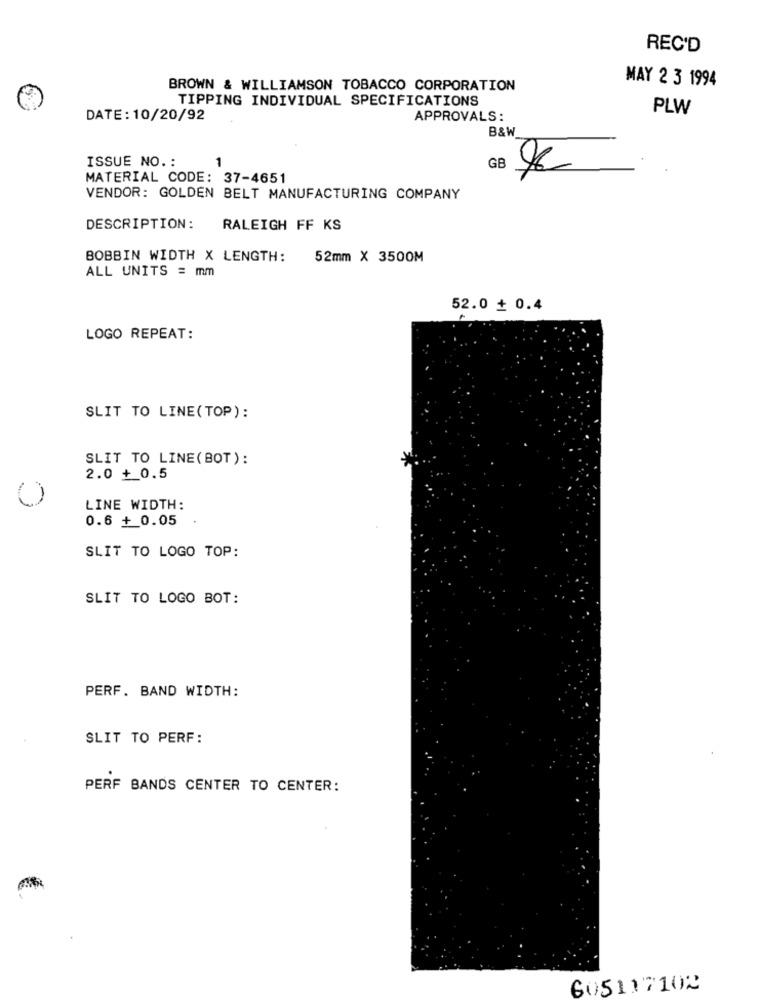
REC'D
MAY 2 3 1994
BROWN & WILLIAMSON TOBACCO CORPORATION
TIPPING INDIVIDUAL SPECIFICATIONS
PLW
DATE: 10/20/92
APPROVALS:
B&W
ISSUE NO. :
1
GB
MATERIAL CODE: 37-4651
VENDOR: GOLDEN BELT MANUFACTURING COMPANY
DESCRIPTION:
RALEIGH FF KS
BOBBIN WIDTH X LENGTH:
52mm × 3500M
ALL UNITS = mm
52.0 + 0.4
LOGO REPEAT:
SLIT TO LINE(TOP):
SLIT TO LINE(BOT):
2.0 + 0.5
LINE WIDTH:
0.6 + 0.05
SLIT TO LOGO TOP:
SLIT TO LOGO BOT:
PERF. BAND WIDTH:
SLIT TO PERF:
PERF BANDS CENTER TO CENTER:
605117102